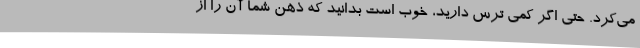
می‌کرد. حتی اگر کمی ترس دارید، خوب است بدانید که ذهن شما آن را از